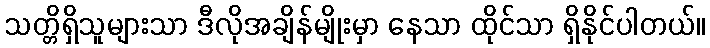
သတ္တိရှိသူများသာ ဒီလိုအချိန်မျိုးမှာ နေသာ ထိုင်သာ ရှိနိုင်ပါတယ်။